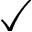
\checkmark